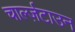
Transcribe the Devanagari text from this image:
चार्ल्ज़टाउन